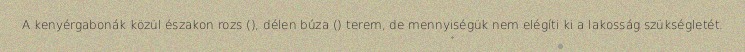
A kenyérgabonák közül északon rozs (), délen búza () terem, de mennyiségük nem elégíti ki a lakosság szükségletét.